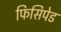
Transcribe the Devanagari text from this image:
फिसिपेड